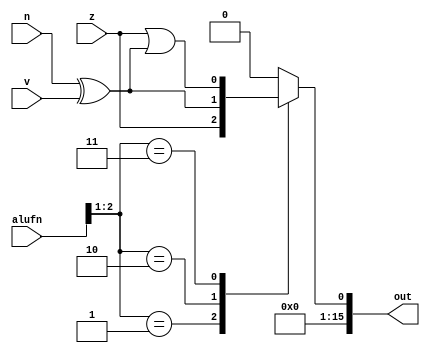
module compare_22 (
    input z,
    input v,
    input n,
    input [5:0] alufn,
    output reg [15:0] out
  );
  
  
  
  reg [1:0] alufn_sig;
  
  always @* begin
    out = 16'h0000;
    alufn_sig = alufn[1+1-:2];
    
    case (alufn_sig)
      2'h1: begin
        out[0+0-:1] = z;
      end
      2'h2: begin
        out[0+0-:1] = n ^ v;
      end
      2'h3: begin
        out[0+0-:1] = z | (n ^ v);
      end
    endcase
  end
endmodule